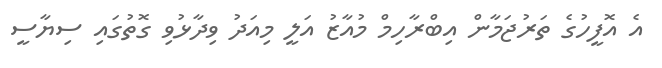
އެ އޮފީހުގެ ތަރުޖަމާން އިބްރާހިމް މުއާޒު އަލީ މިއަދު ވިދާޅުވި ގޮތުގައި ސިޔާސީ